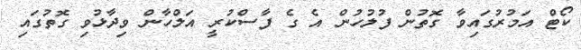
ކޯޓް އަމުރުގައިވާ ގޮތުން ފުލުހުން އެ ގެ ފާސްކުރީ އަލްހާން ވިދާޅުވި ގޮތުގައި